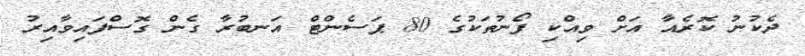
ދެކުނު ކޮރެއާ އަށް ވިއްކި ފޯނުތަކުގެ 80 ޕަސެންޓް އަނބުރާ ގެން ގޮސްފައިވާއިރު